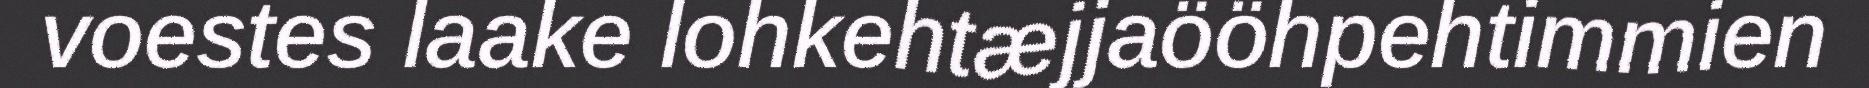
voestes laake lohkehtæjjaööhpehtimmien